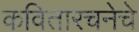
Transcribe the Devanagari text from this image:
कवितारचनेचे